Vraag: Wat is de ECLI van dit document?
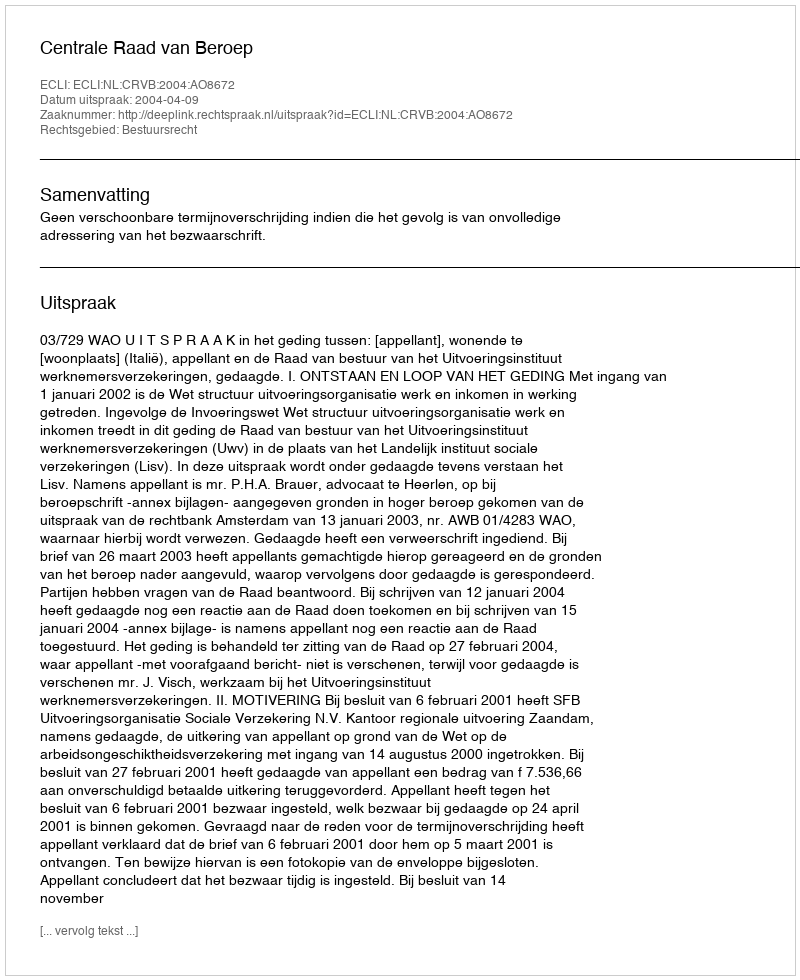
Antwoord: ECLI:NL:CRVB:2004:AO8672